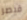
قيصر